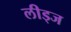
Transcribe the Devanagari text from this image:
लीड्ज